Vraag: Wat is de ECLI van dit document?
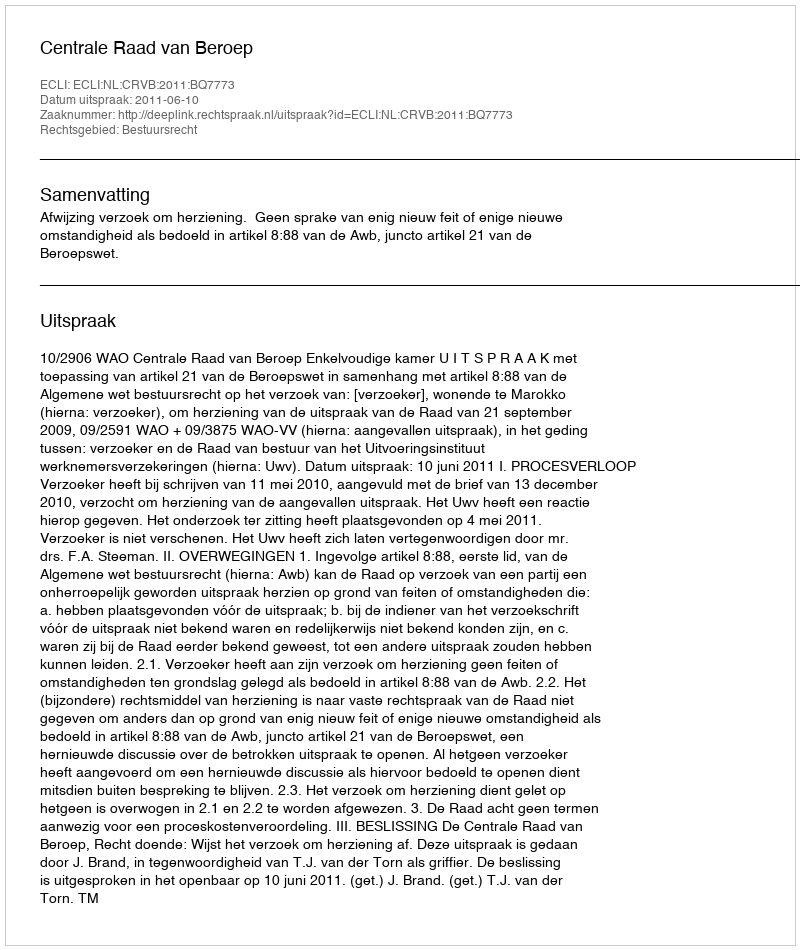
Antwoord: ECLI:NL:CRVB:2011:BQ7773